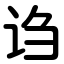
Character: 诌